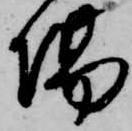
場